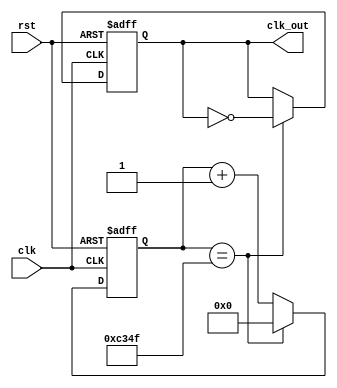
module DIV(
    input clk,
    input rst,
    output reg clk_out
);

reg[31:0] cnt;
parameter N =100000;

always @(posedge clk or posedge rst)begin
    if(rst)begin
        cnt<=0;
        clk_out<=0;
    end
    else if(cnt==N/2-1)begin
        clk_out<=~clk_out;
        cnt<=0;
    end
    else
        cnt<=cnt+1'b1;
end
endmodule